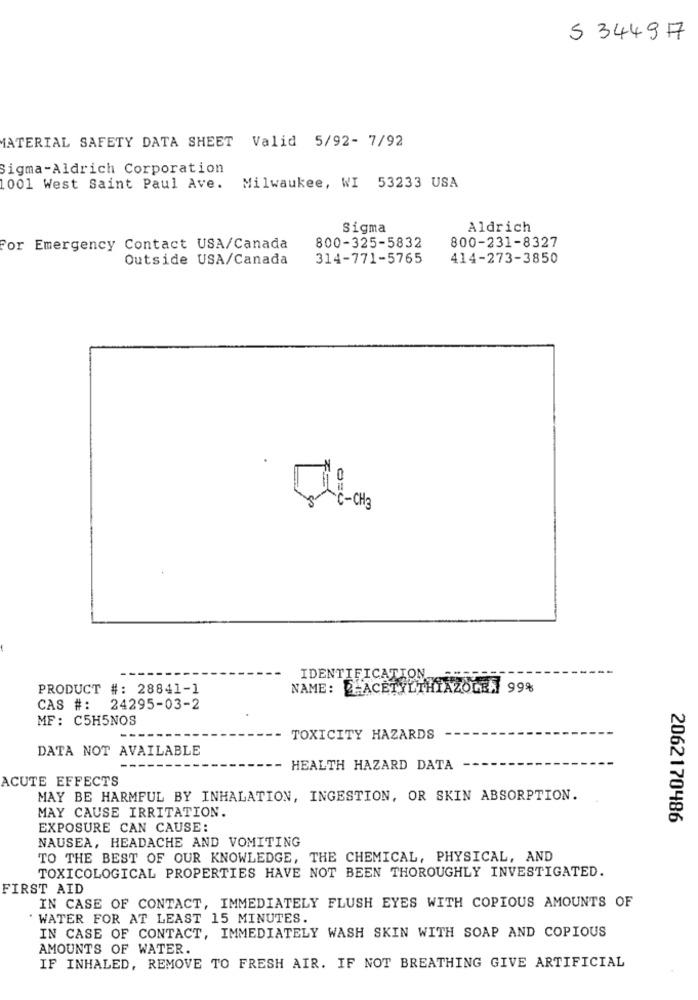
5 34497
MATERIAL SAFETY DATA SHEET Valid 5/92- 7/92
Sigma-Aldrich Corporation
1001 West Saint Paul Ave. Milwaukee, WI 53233 USA
Sigma
Aldrich
For Emergency Contact USA/Canada
800-325-5832
800-231-8327
Outside USA/Canada
314-771-5765
414-273-3850
IDENTIFICATION
PRODUCT #: 28841-1
NAME: - ACETYLTHIAZOL . 99%
CAS #: 24295-03-2
MF: C5H5NOS
TOXICITY HAZARDS
DATA NOT AVAILABLE
HEALTH HAZARD DATA
ACUTE EFFECTS
MAY BE HARMFUL BY INHALATION, INGESTION, OR SKIN ABSORPTION.
MAY CAUSE IRRITATION.
2062170486
EXPOSURE CAN CAUSE:
NAUSEA, HEADACHE AND VOMITING
TO THE BEST OF OUR KNOWLEDGE, THE CHEMICAL, PHYSICAL, AND
TOXICOLOGICAL PROPERTIES HAVE NOT BEEN THOROUGHLY INVESTIGATED.
FIRST AID
IN CASE OF CONTACT, IMMEDIATELY FLUSH EYES WITH COPIOUS AMOUNTS OF
WATER FOR AT LEAST 15 MINUTES.
IN CASE OF CONTACT, IMMEDIATELY WASH SKIN WITH SOAP AND COPIOUS
AMOUNTS OF WATER.
IF INHALED, REMOVE TO FRESH AIR. IF NOT BREATHING GIVE ARTIFICIAL